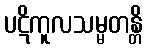
ပဋိကူလသမ္မတန္တိ